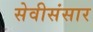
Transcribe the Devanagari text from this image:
सेवीसंसार